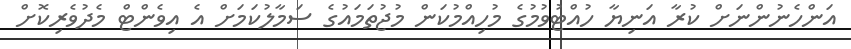
އަންހެނުންނަށް ކުރާ އަނިޔާ ހުއްޓުވުމުގެ މުހިއްމުކަން މުޖުތަމައުގެ ސަމާލުކަމަށް އެ އިވެންޓް މެދުވެރިކޮށް